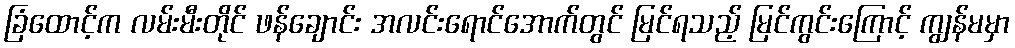
ခြံထောင့်က လမ်းမီးတိုင် ဖန်ချောင်း အလင်းရောင်အောက်တွင် မြင်ရသည့် မြင်ကွင်းကြောင့် ကျွန်မမှာ